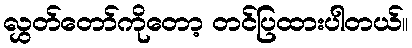
လွှတ်တော်ကိုတော့ တင်ပြထားပါတယ်။